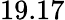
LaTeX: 19.17